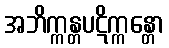
အဘိက္ကန္တပဋိက္ကန္တော